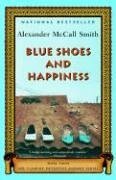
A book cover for Blue Shoes and Happiness (No. 1 Ladies Detective Agency, Book 7); Alexander McCall Smith; Literature & Fiction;